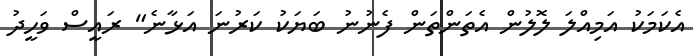
އެކަމަކު އަމިއްލަ ލޮލުން އެތަންތަން ފެނުނު ބަޔަކު ކަރުނަ އަޅާނެ" ރައީސް ވަހީދު